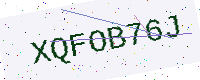
Text: XQFOB76J